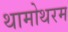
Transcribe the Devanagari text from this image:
थामोथरम